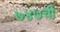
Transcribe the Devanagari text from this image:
७४७ची